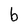
Character: b